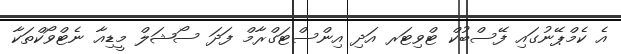
އެ ކެމްޕޭނުގައި ފޭސްބުކް ޓްވިޓަރ އަދި އިންސްޓަގްރާމް ފަދަ ސޯޝަލް މީޑިއާ ނެޓްވޯކްތަކާ